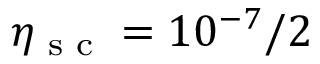
\eta _ { \textrm { s c } } = 1 0 ^ { - 7 } / 2